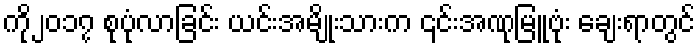
ကို၂၀၁၇ စုပုံလာခြင်း ယင်းအမျိုးသားက ၎င်းအဏုမြူဗုံး ချေးရာတွင်